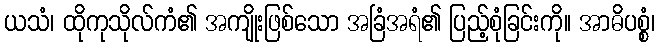
ယသံ၊ ထိုကုသိုလ်ကံ၏ အကျိုးဖြစ်သော အခြံအရံ၏ ပြည့်စုံခြင်းကို။ အာဓိပစ္စံ၊